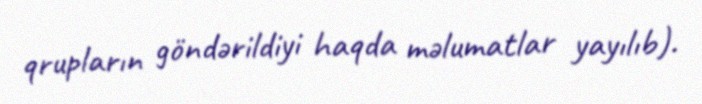
qrupların göndərildiyi haqda məlumatlar yayılıb).